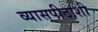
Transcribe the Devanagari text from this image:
व्यासपीठाशी